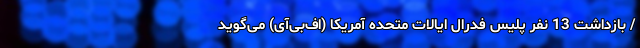
/ بازداشت 13 نفر پلیس فدرال ایالات متحده آمریکا (اف‌بی‌آی) می‌گوید